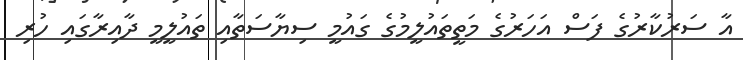
އާ ސަރުކާރުގެ ފަސް އަހަރުގެ މަތީތައުލީމުގެ ގައުމީ ސިޔާސަތާއި ތައުލީމީ ދާއިރާގައި ހުރި